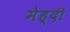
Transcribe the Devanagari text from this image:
मेह्दी